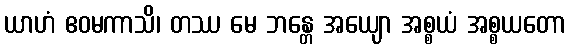
ယာဟံ ဧဝမကာသိ၊ တဿ မေ ဘန္တေ အယျော အစ္စယံ အစ္စယတော